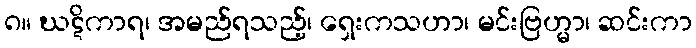
၈။ ဃဋိကာရ၊ အမည်ရသည့်၊ ရှေးကသဟာ၊ မင်းဗြဟ္မာ၊ ဆင်းကာ